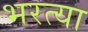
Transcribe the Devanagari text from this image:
भरत्या